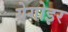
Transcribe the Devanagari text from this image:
ग्रेगोइर